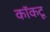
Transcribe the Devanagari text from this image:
कॉकटू